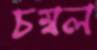
চম্বল